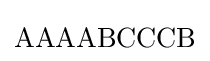
\mathrm {AAAABCCCB}